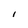
Character: l